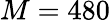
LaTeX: M=480